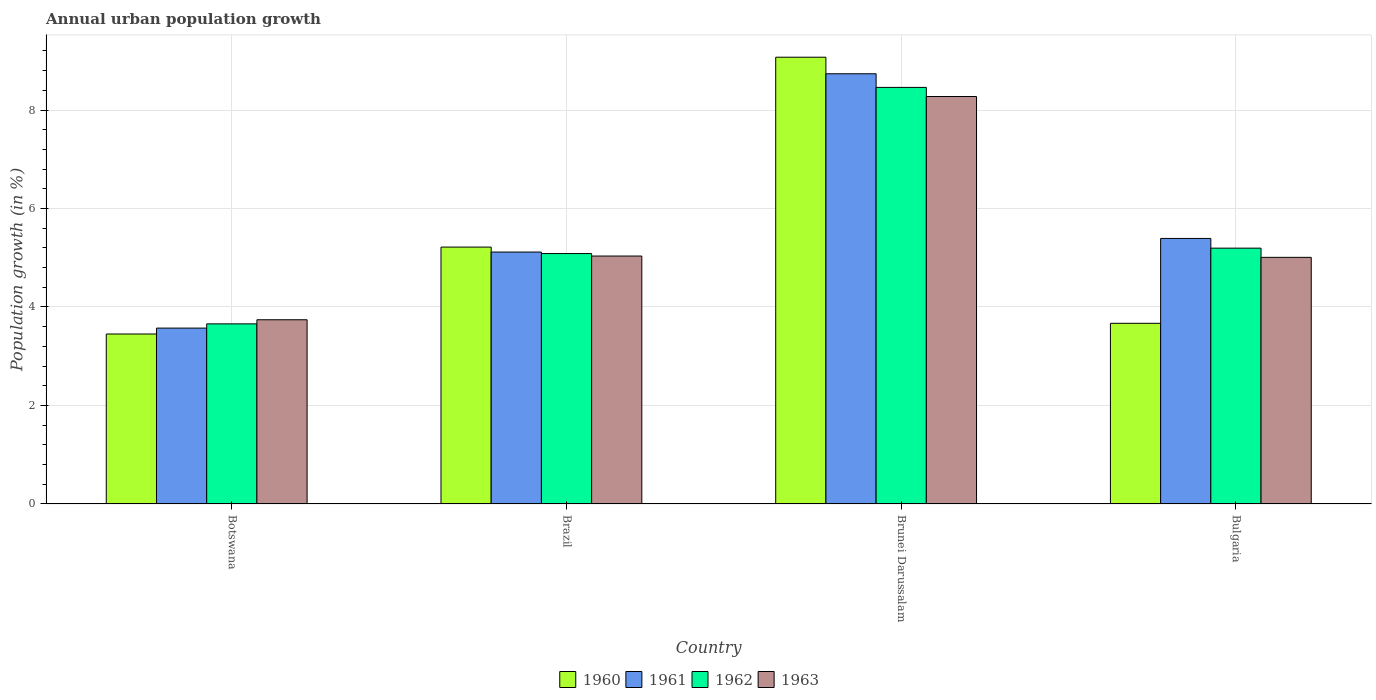
| Country | 1960 | 1961 | 1962 | 1963 |
 | --- | --- | --- | --- | --- |
 | Botswana | 3.45 | 3.57 | 3.66 | 3.74 |
 | Brazil | 5.22 | 5.12 | 5.09 | 5.03 |
 | Brunei Darussalam | 9.07 | 8.74 | 8.46 | 8.27 |
 | Bulgaria | 3.67 | 5.39 | 5.2 | 5.01 |